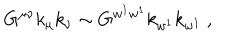
G ^ { \mu \nu } k _ { \mu } k _ { \nu } \sim G ^ { w ^ { 1 } w ^ { 1 } } k _ { w ^ { 1 } } k _ { w ^ { 1 } } \ ,